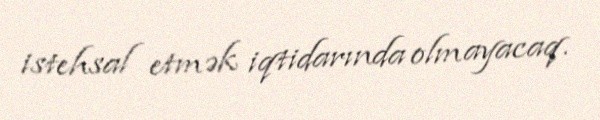
istehsal etmək iqtidarında olmayacaq.